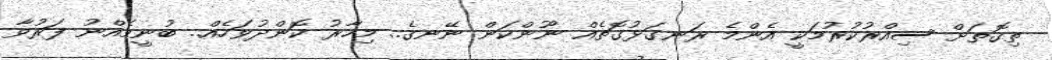
ތިގޮތަށް ސިއްރުކުރުމަކީ އެންމެ ރަނގަޅުގޮތެއް ނޫންކަން ނޭނގެ.. މިހާރު ކޮންދުވަހެއް.. ބުނީމެއްނު ފަރުވާ